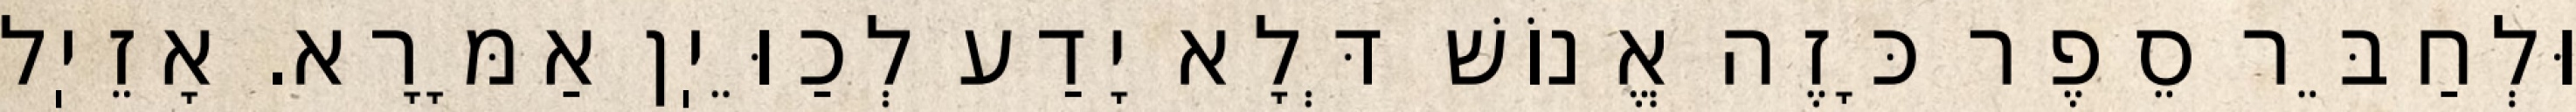
וּלְחַבֵּר סֵפֶר כָּזֶה אֱנוֹשׁ דְּלָא יָדַע לְכַוֵּיֽן אַמָּרָא. אָזֵיֽל